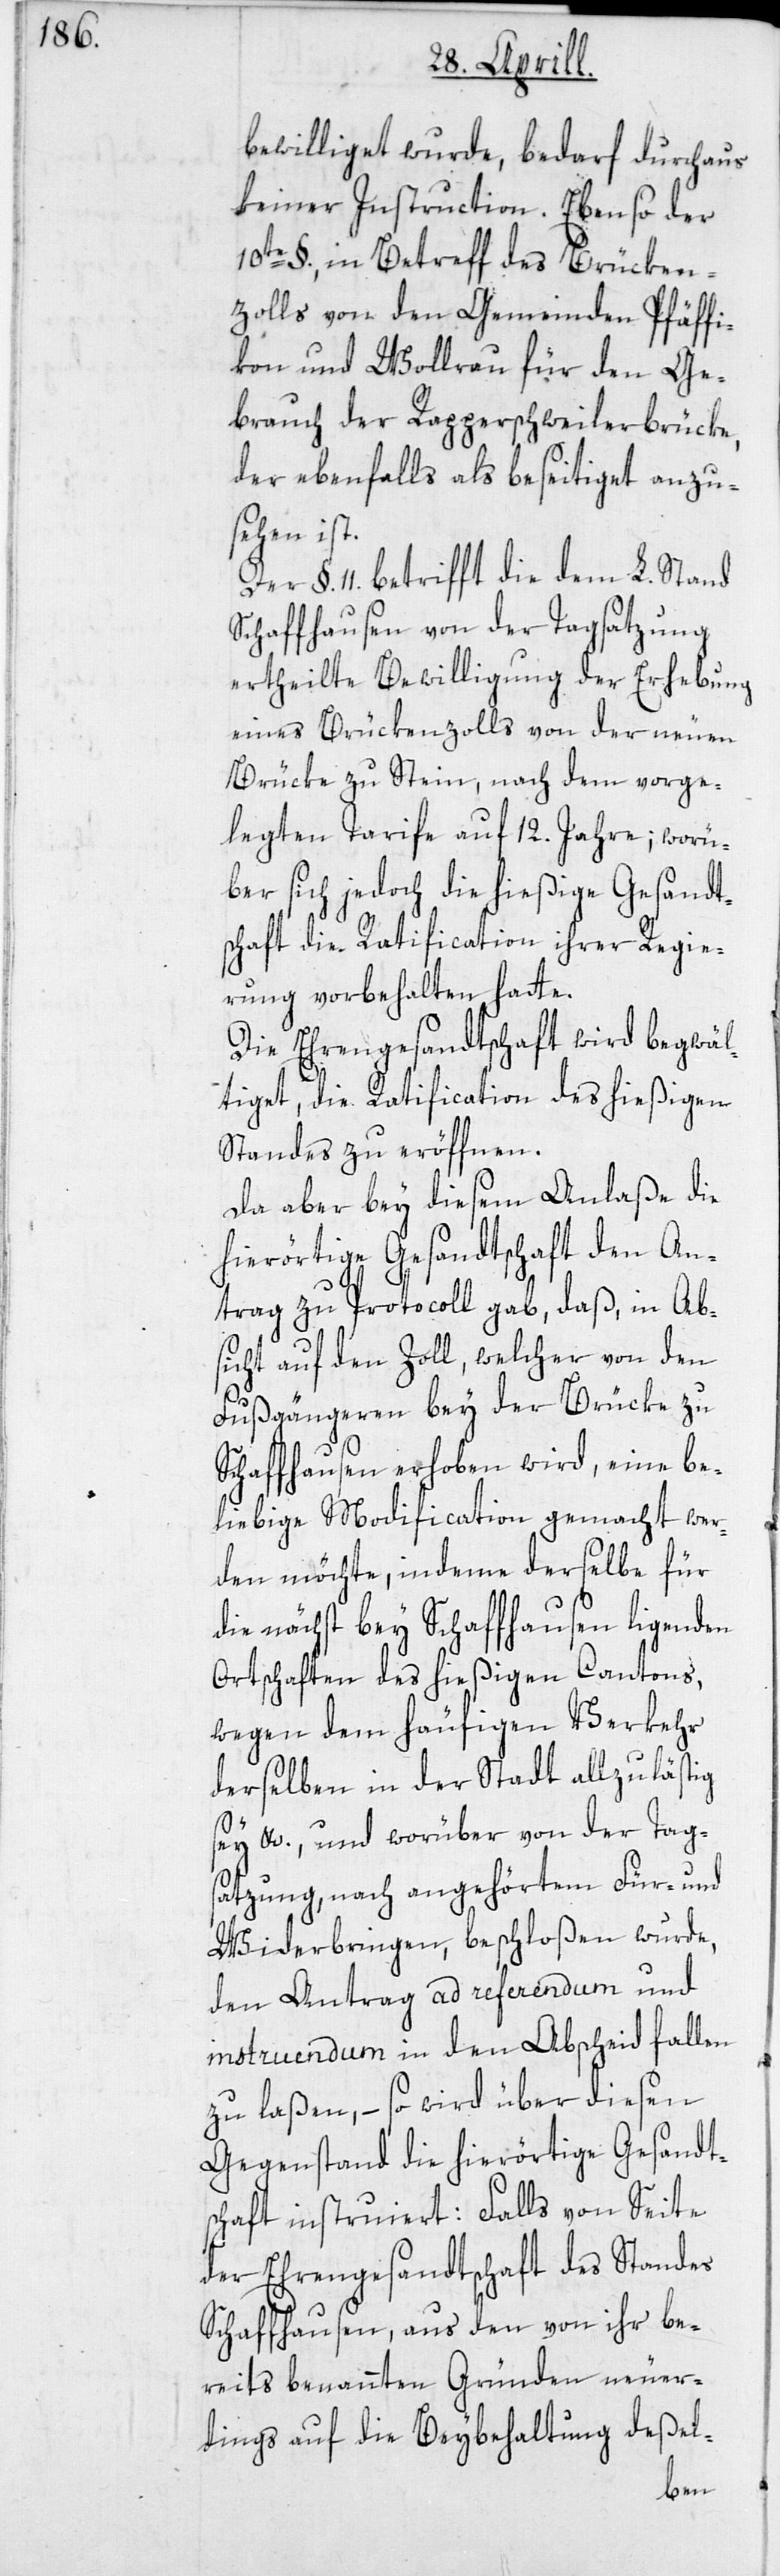
bewilliget wurde, bedarf durchaus
keiner Instruction. Ebenso der
10te §., in Betreff des Brücken¬
zolls von den Gemeinden Pfäffi¬
kon und Wollerau für den Ge¬
brauch der Rapperschweilerbrücke,
der ebenfalls als beseitiget anzu¬
sehen ist.
§. 11. betrifft die dem L. Stand
Schaffhausen von der Tagsatzung
ertheilte Bewilligung der Erhebung
eines Brückenzolls von der neuen
Brücke zu Stein, nach dem vorge¬
legten Tarife auf 12. Jahre; worü¬
ber sich jedoch die hießige Gesandt¬
schaft die Ratification ihrer Regie¬
rung vorbehalten hatte.
Die Ehrengesandtschaft wird begwäl¬
tiget, die Ratification des hießigen
Standes zu eröffnen.
Da aber bey diesem Anlaße die
hierörtige Gesandtschaft den An¬
trag zu Protocoll gab, daß, in Abs¬
icht auf den Zoll, welcher von den
Fußgängeren bey der Brücke zu
Schaffhausen erhoben wird, eine be¬
liebige Modification gemacht wer¬
den möchte, indeme derselbe für
die nächst bey Schaffhausen ligenden
Ortschaften des hießigen Cantons,
wegen dem häufigen Verkehr
derselben in der Stadt allzulästig
sey etc., und worüber von der Tag¬
satzung, nach angehörtem Für- und
Widerbringen, beschloßen wurde,
den Antrag ad referendum und
instruendum in den Abscheid fallen
zu laßen, – so wird über diesen
Gegenstand die hierörtige Gesandts¬
chaft instruiert: Falls von Seite
der Ehrengesandtschaft des Standes
Schaffhausen, aus den von ihr be¬
reits benannten Gründen neuer¬
dings auf die Beybehaltung deßel-